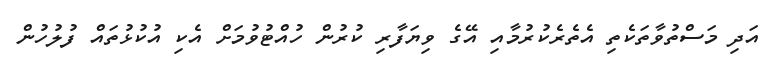
އަދި މަސްތުވާތަކެތި އެތެރެކުރުމާއި އޭގެ ވިޔަފާރި ކުރުން ހުއްޓުވުމަށް އެކި އުކުޅުތައް ފުލުހުން